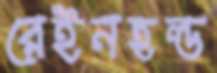
রেইনহল্ড